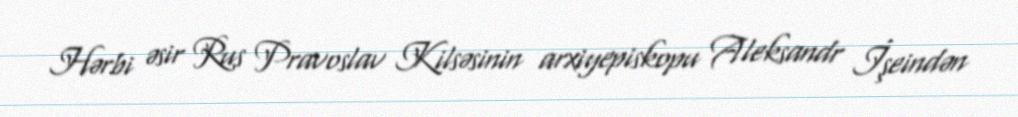
Hərbi əsir Rus Pravoslav Kilsəsinin arxiyepiskopu Aleksandr İşeindən